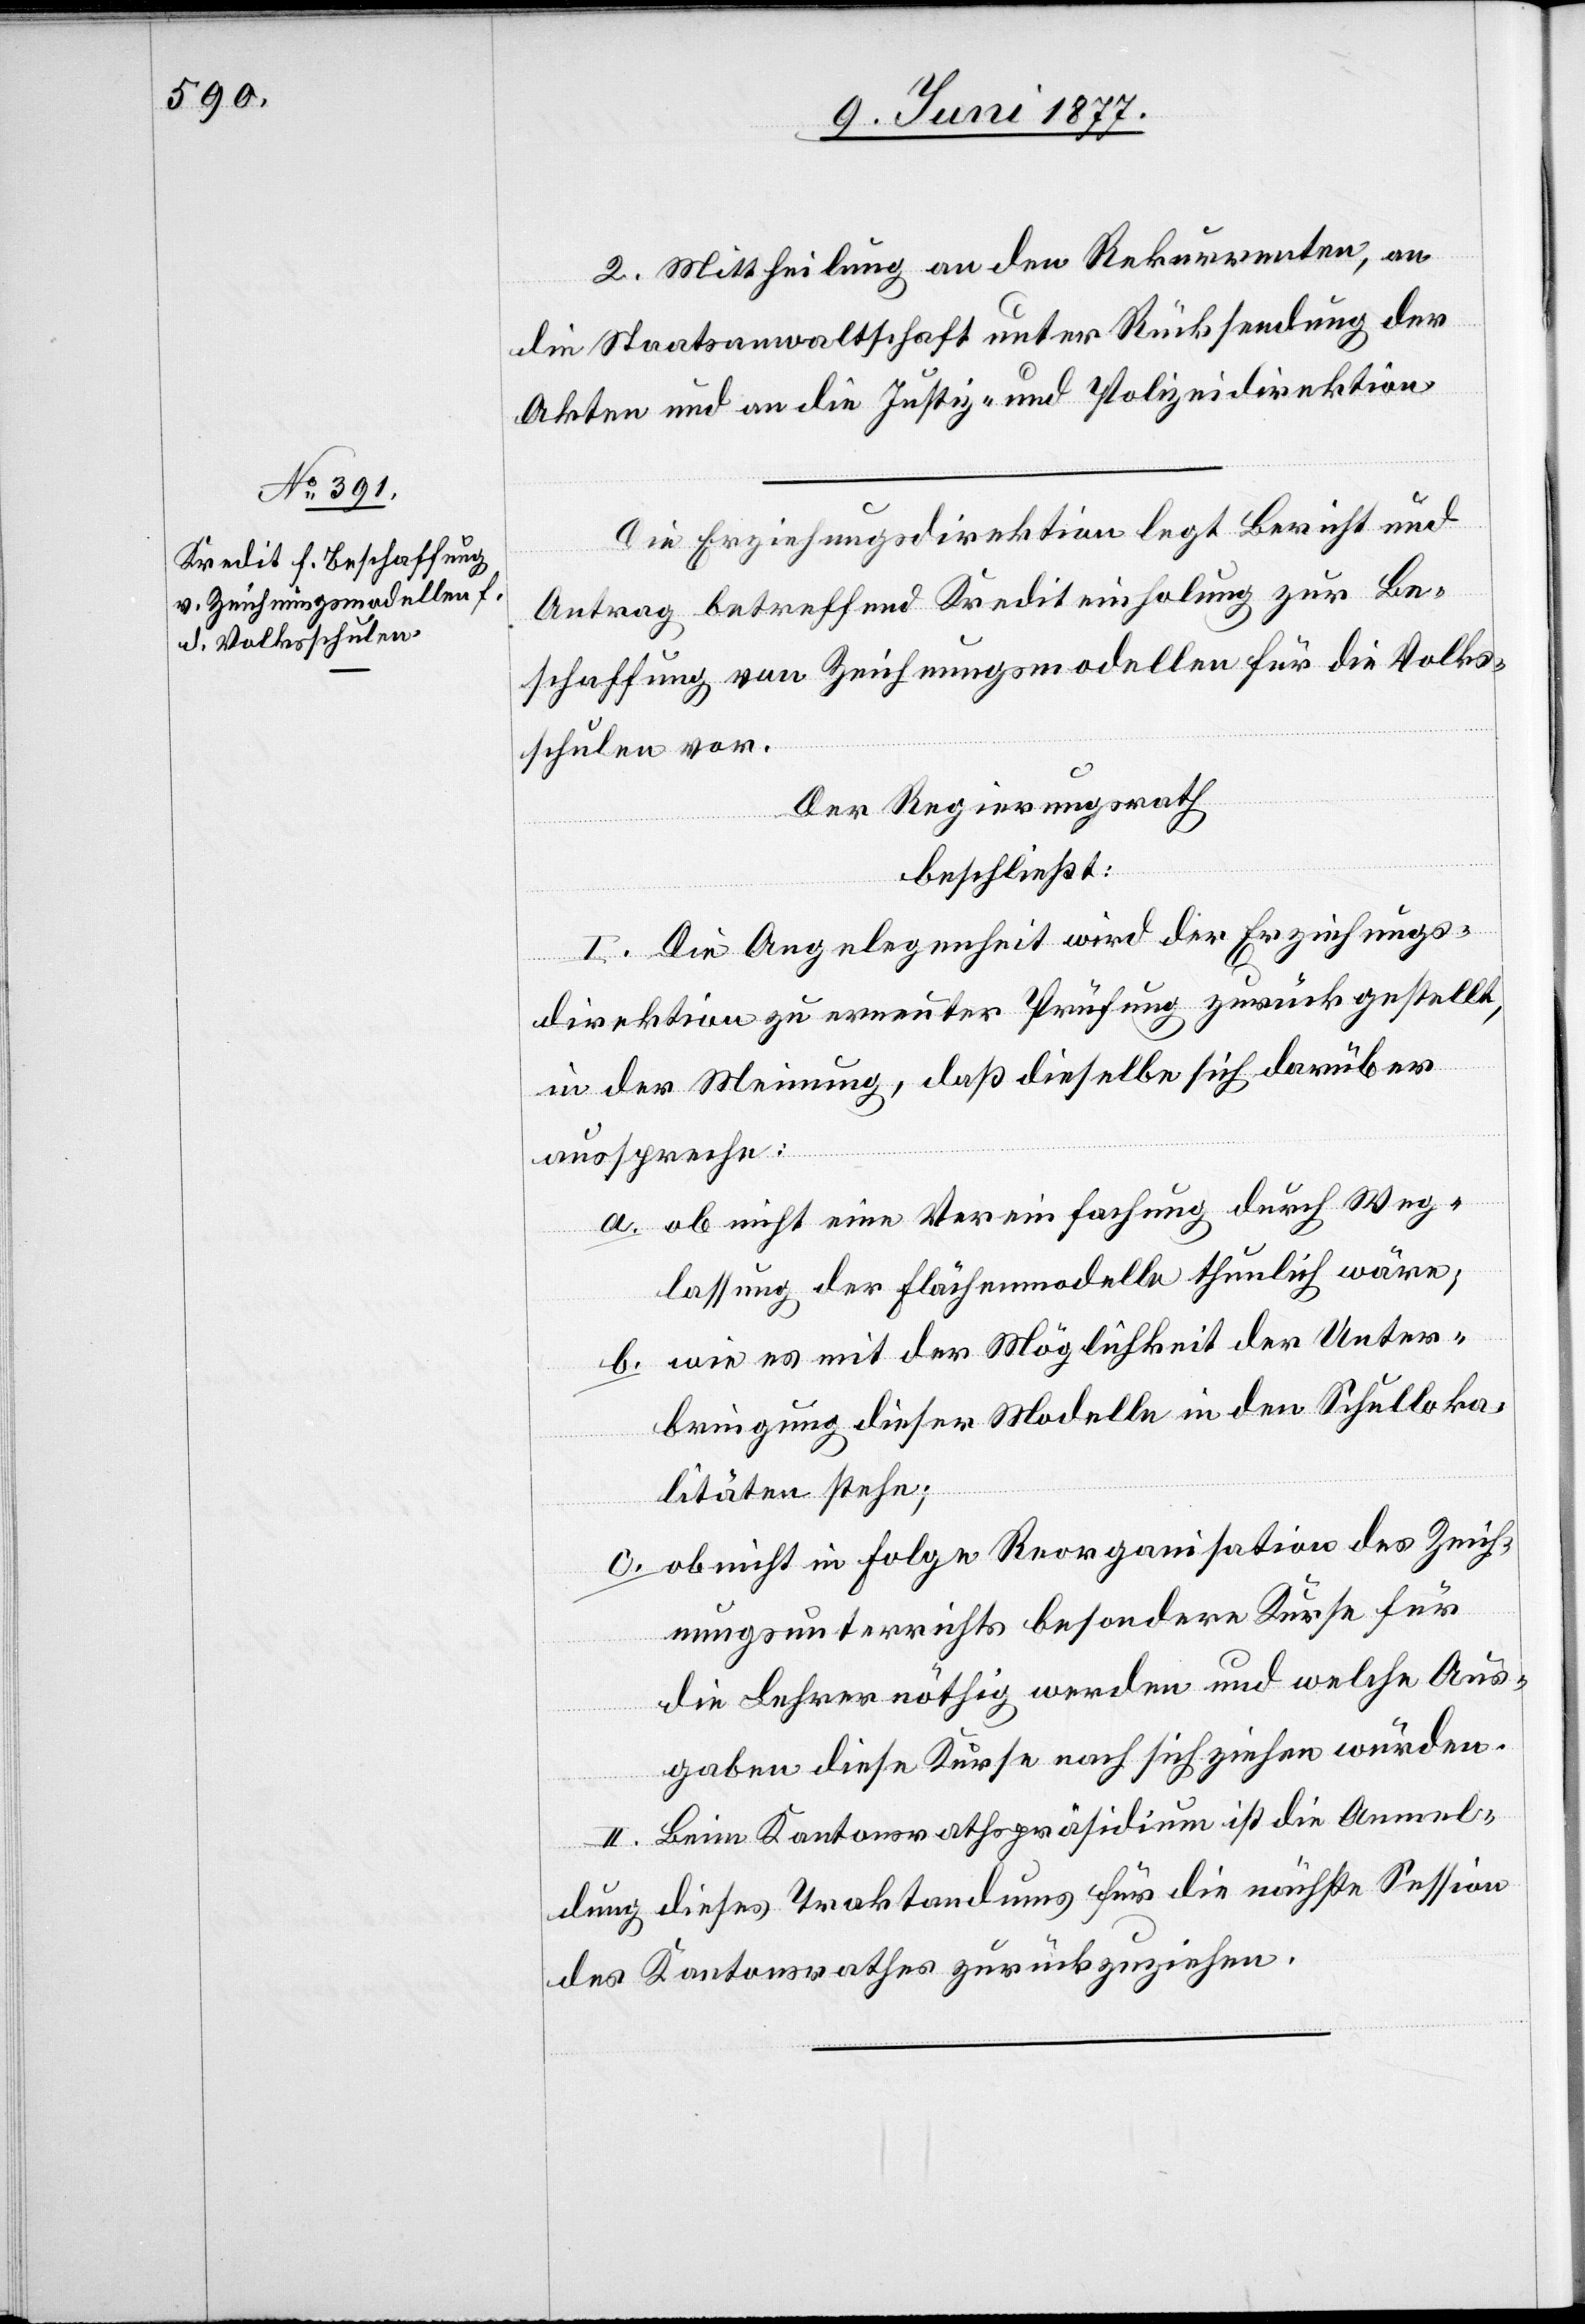
2. Mittheilung an den Rekurrenten, an
die Staatsanwaltschaft unter Rücksendung der
Akten und an die Justiz- und Polizeidirektion.
Die Erziehungsdirektion legt Bericht und
Antrag betreffend Krediteinholung zur Be¬
schaffung von Zeichnungsmodellen für die Volks¬
schulen vor.
Der Regierungsrath,
beschließt:
I. Die Angelegenheit wird der Erziehungs¬
direktion zu erneuter Prüfung zurückgestellt,
in der Meinung, daß dieselbe sich darüber
ausspreche:
a. ob nicht eine Vereinfachung durch Weg¬
lassung der Flächenmodelle thunlich wäre;
b. wie es mit der Möglichkeit der Unter¬
bringung dieser Modelle in den Schulloka¬
litäten stehe;
c. ob nicht in Folge Reorganisation des Zeich¬
nungsunterrichts besondere Kurse für
die Lehrer nöthig werden und welche Aus¬
gabe diese Kurse nach sich ziehen würden.
II. Beim Kantonsrathspräsidium ist die Anmel¬
dung dieses Traktandums für die nächste Session
des Kantonsrathes zurückzuziehen.